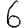
Digit: 6